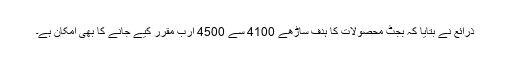
ذرائع نے بتایا کہ بجٹ محصولات کا ہدف ساڑھے 4100 سے 4500 ارب مقرر کیے جانے کا بھی امکان ہے۔